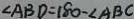
\angle A B D = 1 8 0 - \angle A B C